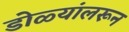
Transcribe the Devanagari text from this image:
डोळ्यांलरून